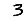
Digit: 3